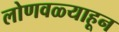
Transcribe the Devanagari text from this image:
लोणवळ्याहून